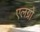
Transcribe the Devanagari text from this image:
एलग्रो